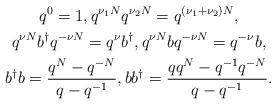
LaTeX: \begin{gather*}q^0 = 1, q^{\nu_1 N} q^{\nu_2 N} = q^{(\nu_1 + \nu_2)N}, \\q^{\nu N} b^\dagger q^{-\nu N} = q^\nu b^\dagger, q^{\nu N} b q^{-\nu N} = q^{-\nu} b, \\b^\dagger b = \frac{q^N - q^{- N}}{q - q^{-1}}, b b^\dagger = \frac{q q^N - q^{-1} q^{- N}}{q - q^{-1}}.\end{gather*}